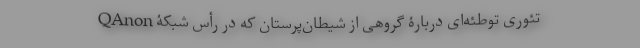
QAnon تئوری توطئه‌ای دربارۀ گروهی از شیطان‌پرستان که در رأس شبکۀ